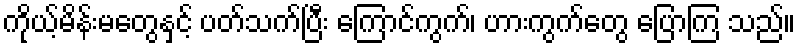
ကိုယ့်မိန်းမတွေနှင့် ပတ်သက်ပြီး ကြောင်ကွက်၊ ဟားကွက်တွေ ပြောကြ သည်။